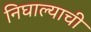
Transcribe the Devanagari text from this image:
निघाल्याची